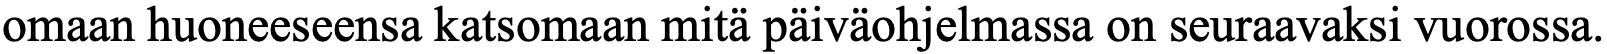
omaan huoneeseensa katsomaan mitä päiväohjelmassa on seuraavaksi vuorossa.